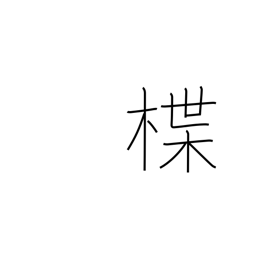
Meaning: lacquered dish